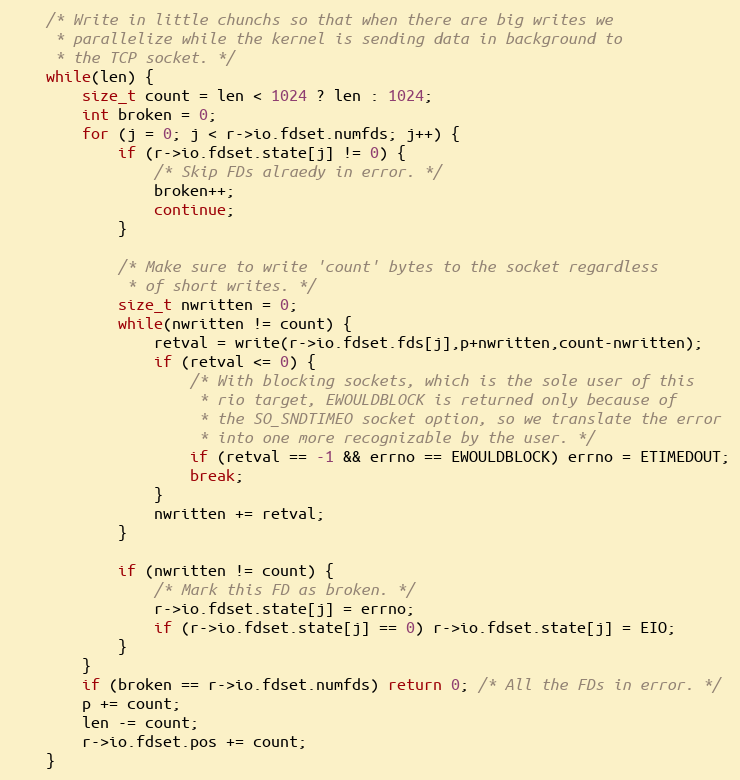
Language: C
    /* Write in little chunchs so that when there are big writes we
     * parallelize while the kernel is sending data in background to
     * the TCP socket. */
    while(len) {
        size_t count = len < 1024 ? len : 1024;
        int broken = 0;
        for (j = 0; j < r->io.fdset.numfds; j++) {
            if (r->io.fdset.state[j] != 0) {
                /* Skip FDs alraedy in error. */
                broken++;
                continue;
            }

            /* Make sure to write 'count' bytes to the socket regardless
             * of short writes. */
            size_t nwritten = 0;
            while(nwritten != count) {
                retval = write(r->io.fdset.fds[j],p+nwritten,count-nwritten);
                if (retval <= 0) {
                    /* With blocking sockets, which is the sole user of this
                     * rio target, EWOULDBLOCK is returned only because of
                     * the SO_SNDTIMEO socket option, so we translate the error
                     * into one more recognizable by the user. */
                    if (retval == -1 && errno == EWOULDBLOCK) errno = ETIMEDOUT;
                    break;
                }
                nwritten += retval;
            }

            if (nwritten != count) {
                /* Mark this FD as broken. */
                r->io.fdset.state[j] = errno;
                if (r->io.fdset.state[j] == 0) r->io.fdset.state[j] = EIO;
            }
        }
        if (broken == r->io.fdset.numfds) return 0; /* All the FDs in error. */
        p += count;
        len -= count;
        r->io.fdset.pos += count;
    }